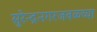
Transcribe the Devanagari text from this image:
सुरेन्द्रनगरजवळच्या